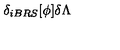
\delta _ { i B R S } [ \phi ] \delta \Lambda \protect